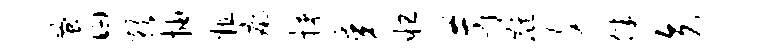
蚤曰预抽粗痢挟某怛苛麒文伴矢